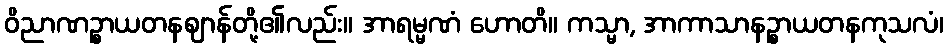
ဝိညာဏဉ္စာယတနဈာန်တို့၏လည်း။ အာရမ္မဏံ ဟောတိ။ ကသ္မာ, အာကာသာနဉ္စာယတနကုသလံ၊